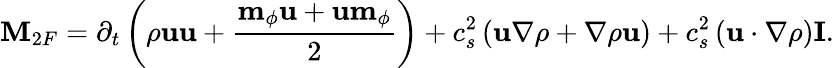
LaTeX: \mathbf{M}_{2F}=\partial_{t}\left(\rho\mathbf{u}\mathbf{u}+\frac{\mathbf{m}_{\phi}\mathbf{u}+\mathbf{u}\mathbf{m}_{\phi}}{2}\right)+c_{s}^{2}\left(\mathbf{u}\nabla\rho+\nabla\rho\mathbf{u}\right)+c_{s}^{2}\left(\mathbf{u}\cdot\nabla\rho\right)\mathbf{I}.